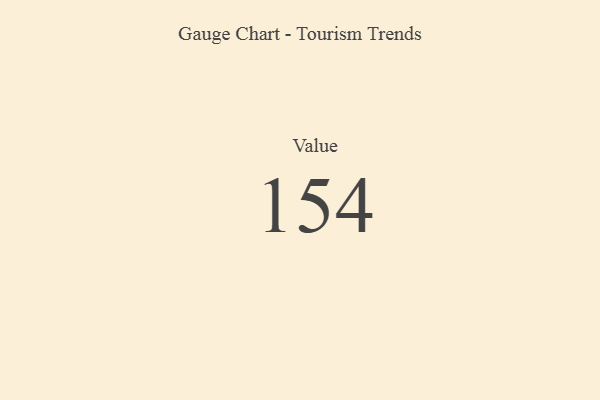
{"axis": {"x": "Metric", "y": "Value"}, "legend": [""], "data": [{"x": "Value", "y": 154, "type": ""}]}